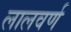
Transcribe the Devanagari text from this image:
लालवर्ण